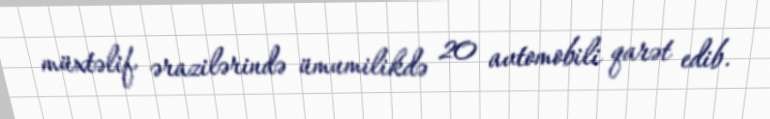
müxtəlif ərazilərində ümumilikdə 20 avtomobili qarət edib.